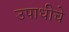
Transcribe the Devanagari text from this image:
उपाधीचे